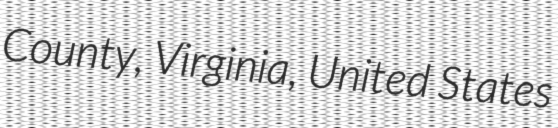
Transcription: County, Virginia, United States